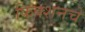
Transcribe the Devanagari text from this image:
फिक्शनचे